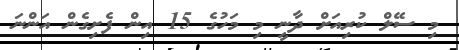
މި ސޭލް ކުރިއަށް ދާނީ މި މަހުގެ 15 އިން ފެށިގެން އަންނަ